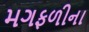
મગફળીના